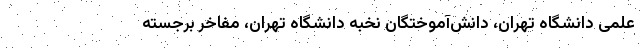
علمی دانشگاه تهران، دانش‌آموختگان نخبه دانشگاه تهران، مفاخر برجسته